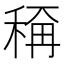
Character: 𬓭